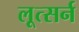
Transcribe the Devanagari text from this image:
लूत्सर्न